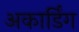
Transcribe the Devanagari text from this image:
अकार्डिंग